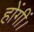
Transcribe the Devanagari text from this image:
होंगीं।